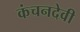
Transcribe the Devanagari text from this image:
कंचनदेवी